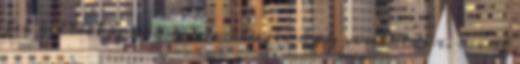
fel kellett nõnöm 6 évesen, és úgy viselkedni, mint